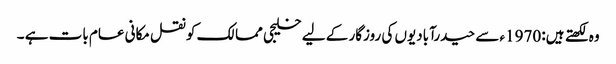
وہ لکھتے ہیں: 1970ء سے حیدرآبادیوں کی روزگار کے لیے خلیجی ممالک کو نقل مکانی عام بات ہے ۔